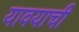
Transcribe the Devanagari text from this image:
यावयाची